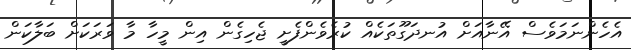
އެހެންނަމަވެސް އޭނާއަށް އުނދަގޫތަކެއް ކުރެވެންފެށީ ޖެހިގެން އިން މީހާ މާ ވަރަކަށް ބަލާކަން